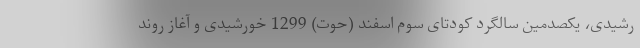
رشیدی، یکصدمین سالگرد کودتای سوم اسفند (حوت) 1299 خورشیدی و آغاز روند